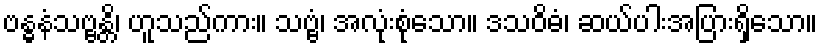
ဗန္ဓနံသဗ္ဗန္တိ၊ ဟူသည်ကား။ သဗ္ဗံ၊ အလုံးစုံသော။ ဒသဝိဓံ၊ ဆယ်ပါးအပြားရှိသော။